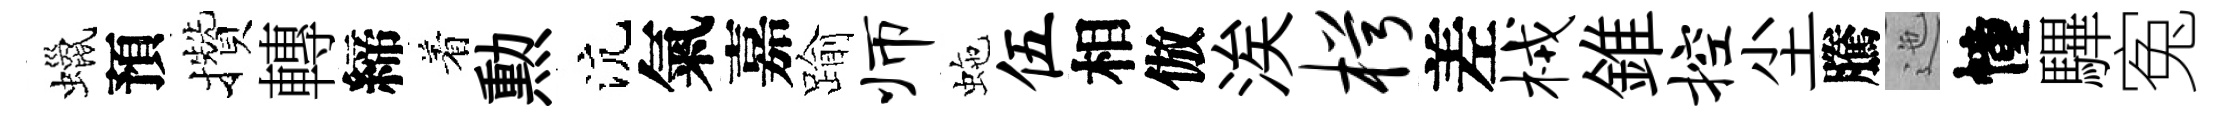
蠟預攢轉締着勲沆氣嘉踰师虵伍相倣涘枵差械錐控尘騰迤幢驆寃